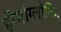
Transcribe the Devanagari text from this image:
हीमोग्लोविन